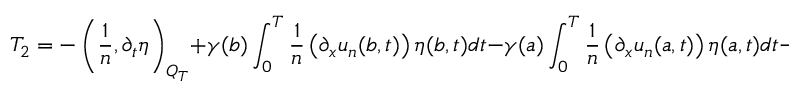
T _ { 2 } = - \left( \frac { 1 } { n } , \partial _ { t } \eta \right) _ { Q _ { T } } + \gamma ( b ) \int _ { 0 } ^ { T } \frac { 1 } { n } \left( \partial _ { x } u _ { n } ( b , t ) \right) \eta ( b , t ) d t - \gamma ( a ) \int _ { 0 } ^ { T } \frac { 1 } { n } \left( \partial _ { x } u _ { n } ( a , t ) \right) \eta ( a , t ) d t - \frac { 1 } { n } \left( g _ { 0 } , \eta \right) _ { Q _ { T } } .